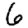
Digit: 6